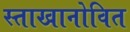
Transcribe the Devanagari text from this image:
स्ताखानोवित